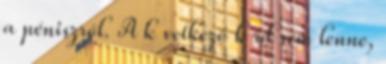
a péniszről. A k vetkező k rd sem lenne,